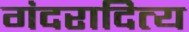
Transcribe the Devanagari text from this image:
गंदरादित्य